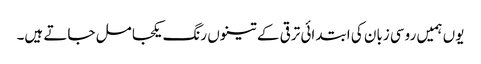
یوں ہمیں روسی زبان کی ابتدائی ترقی کے تینوں رنگ یکجا مل جاتے ہیں۔